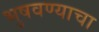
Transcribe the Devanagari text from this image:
भुषवण्याचा